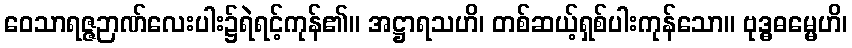
ဝေသာရဇ္ဇဉာဏ်လေးပါး၌ရဲရင့်ကုန်၏။ အဋ္ဌာရသဟိ၊ တစ်ဆယ့်ရှစ်ပါးကုန်သော။ ဗုဒ္ဓဓမ္မေဟိ၊